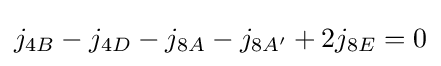
j_{4B}-j_{4D}-j_{8A}-j_{8A'}+2j_{8E}=0